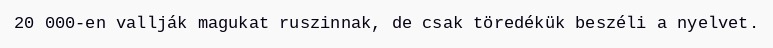
20 000-en vallják magukat ruszinnak, de csak töredékük beszéli a nyelvet.